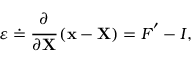
{ \boldsymbol { \varepsilon } } \doteq { \cfrac { \partial } { \partial \mathbf { X } } } \left( \mathbf { x } - \mathbf { X } \right) = { \boldsymbol { F } } ^ { \prime } - { \boldsymbol { I } } ,